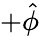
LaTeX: +\hat{\phi}